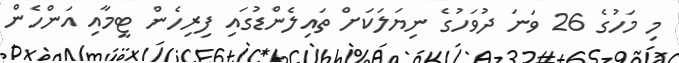
މި މަހުގެ 26 ވަނަ ދުވަހުގެ ނިޔަލަކަށް ތައިލެންޑުގައި ފިރިހެން ޓީމާއި އަންހެން